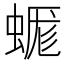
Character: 𧎞